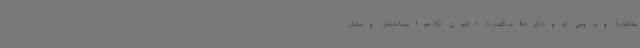
مقابله با ویروس کرونا کرده‌اند، گفت: تا اکنون 30 هواپیما شامل وسایل،